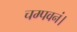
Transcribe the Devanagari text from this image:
चम्पवनं।